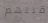
قبلهم